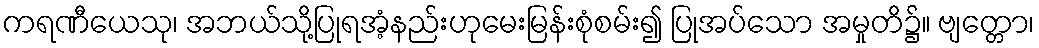
ကရဏီယေသု၊ အဘယ်သို့ပြုရအံ့နည်းဟုမေးမြန်းစုံစမ်း၍ ပြုအပ်သော အမှုတိ၌။ ဗျတ္တော၊